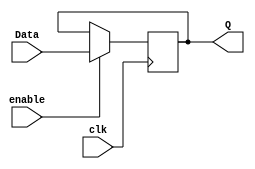
module register_logic(
    input clk,
    input enable,
    input [4:0] Data,
    output reg [4:0] Q
    );
    always @(posedge clk)
        begin 
            if (enable) begin 
                Q = Data;
    end 
    end 
    
endmodule